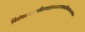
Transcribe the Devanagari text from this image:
निर्णयवादजल्पवितण्डाहेत्वाभासच्छलजातिकपटनिग्रहस्थानानां